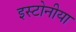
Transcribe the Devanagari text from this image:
इस्टोनीया